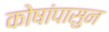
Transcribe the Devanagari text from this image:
कोषांपासुन